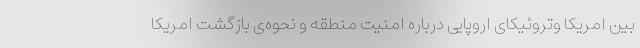
بین امریکا وتروئیکای اروپایی درباره امنیت منطقه و نحوه‌ی بازگشت امریکا